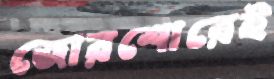
জোরশোরেই